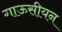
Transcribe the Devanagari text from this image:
गाऊसीयन